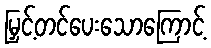
မြှင့်တင်ပေးသောကြောင့်